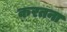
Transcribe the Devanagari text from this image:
करतना